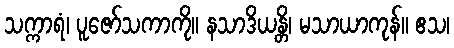
သက္ကာရံ၊ ပူဇော်သကာကို။ နသာဒိယန္တိ၊ မသာယာကုန်။ ဧသ၊